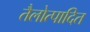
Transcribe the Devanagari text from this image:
तैलोत्पादित